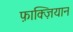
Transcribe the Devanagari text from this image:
फ़ाक्ज़ियान